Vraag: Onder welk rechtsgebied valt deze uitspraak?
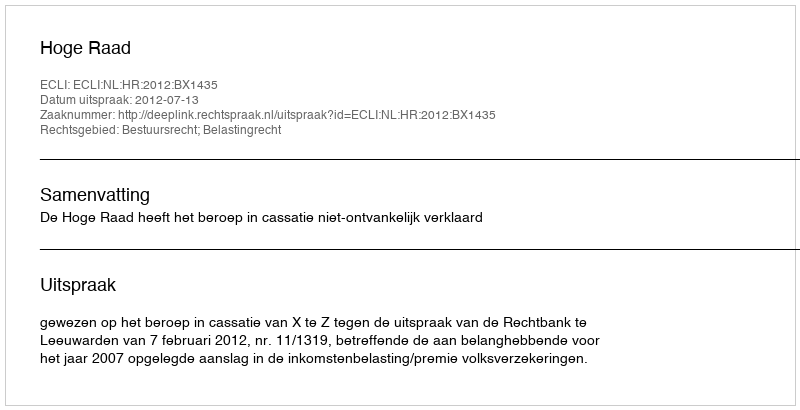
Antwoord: Bestuursrecht; Belastingrecht